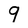
Character: 9